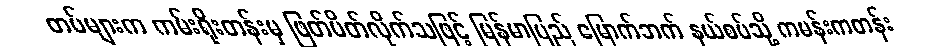
တပ်များက ကမ်းရိုးတန်းမှ ဖြတ်ပိတ်လိုက်သဖြင့် မြန်မာပြည် မြောက်ဘက် နယ်စပ်သို့ ကမန်းကတန်း